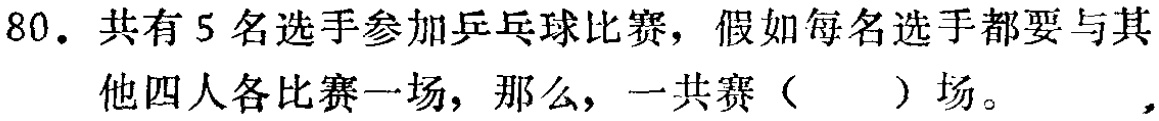
80. 共有5名选手参加乒乓球比赛，假如每名选手都要与其他四人各比赛一场，那么，一共赛（  ）场。